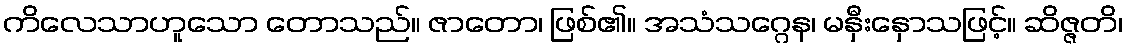
ကိလေသာဟူသော တောသည်။ ဇာတော၊ ဖြစ်၏။ အသံသဂ္ဂေန၊ မနှီးနှောသဖြင့်။ ဆိဇ္ဇတိ၊